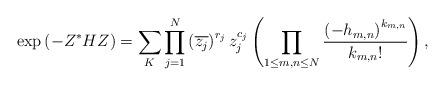
LaTeX: \begin{align*}\exp\left(-Z^{*}HZ\right)=\sum_{K}\prod_{j=1}^{N}\left(\overline{z_{j}}\right)^{r_{j}}z_{j}^{c_{j}}\left(\prod_{1\le m,n\le N}\frac{\left(-h_{m,n}\right)^{k_{m,n}}}{k_{m,n}!}\right),\end{align*}